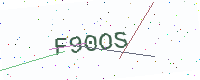
Text: F90OS